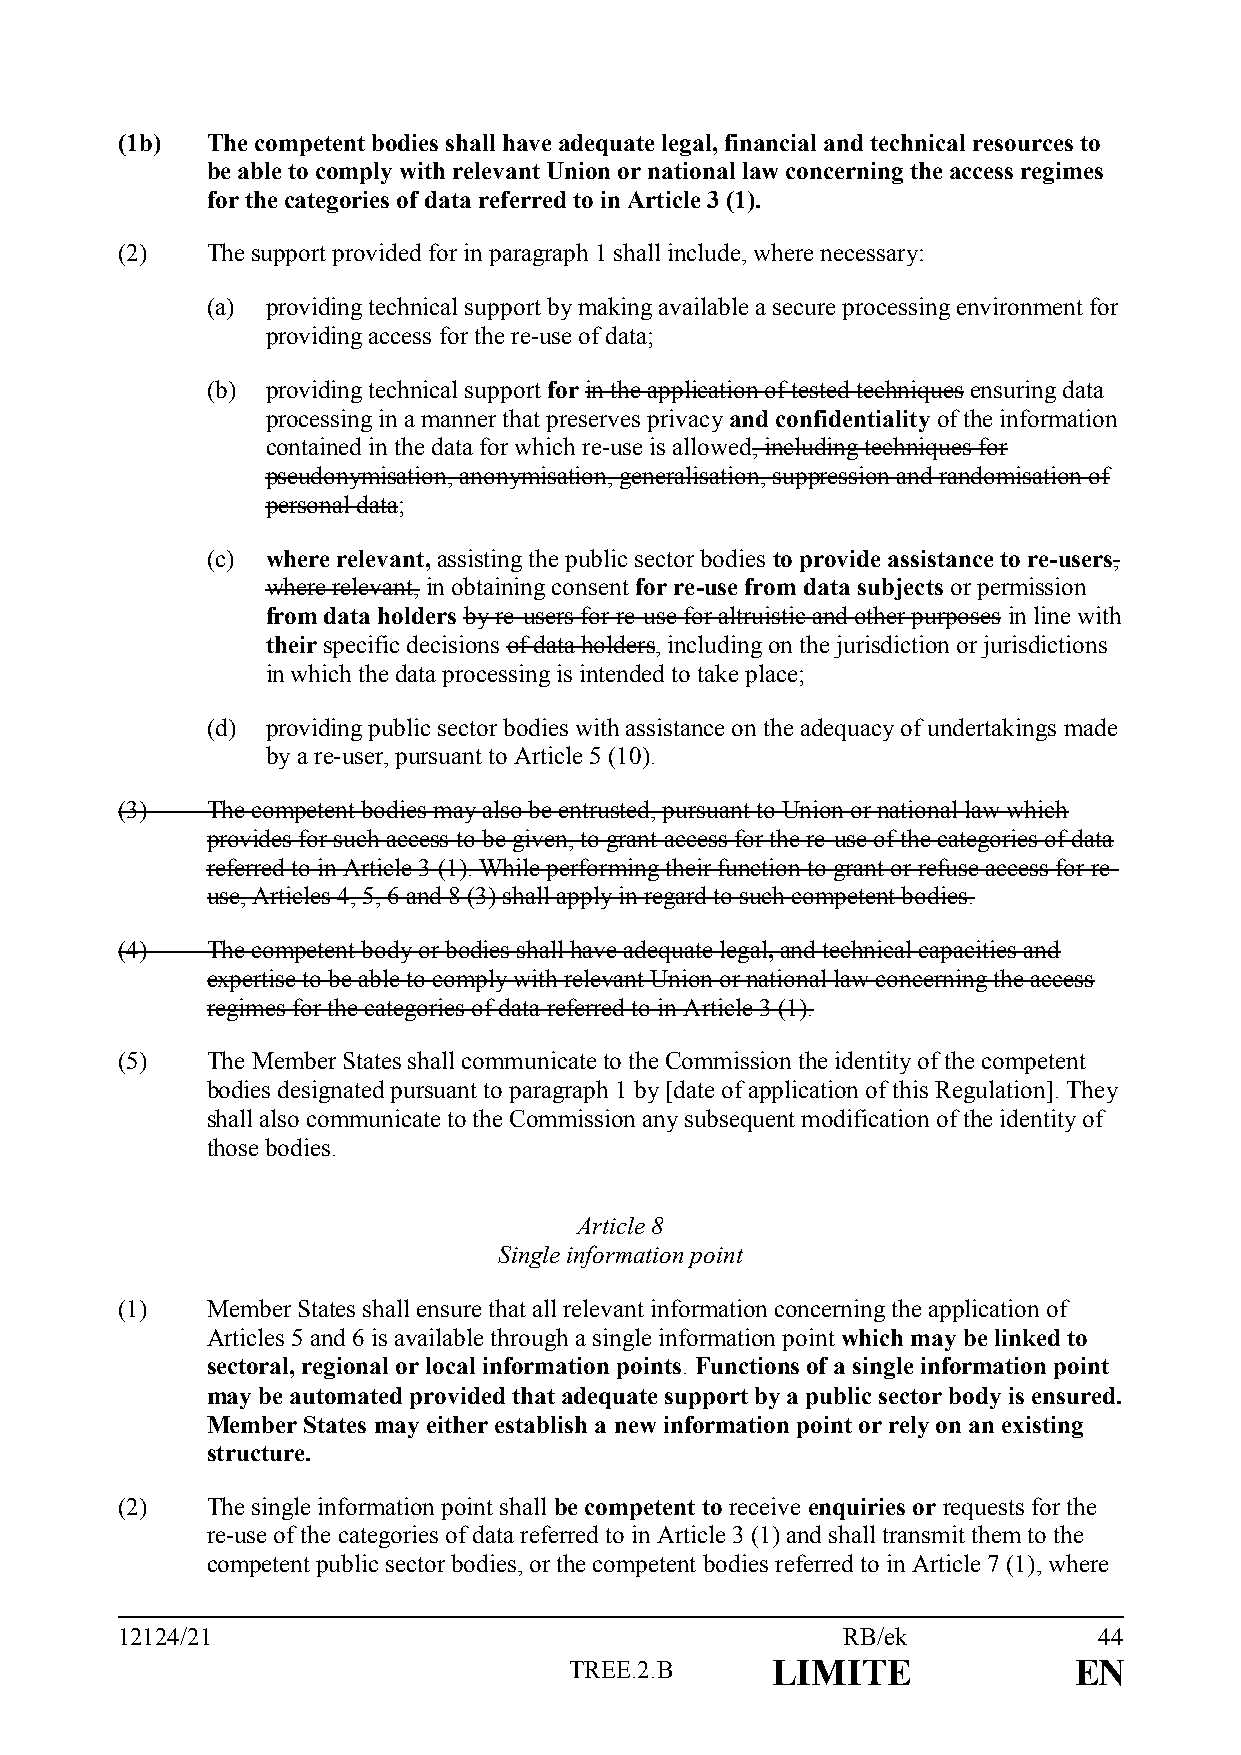
(1b)  The competent bodies shall have adequate legal, financial and technical resources to
 be able to comply with relevant Union or national law concerning the access regimes
 for the categories of data referred to in Article 3 (1).
 (2)   The support provided for in paragraph 1 shall include, where necessary:
 (a) providing technical support by making available a secure processing environment for
 providing access for the re-use of data;
 (b) providing technical support for in the application of tested techniques ensuring data
 processing in a manner that preserves privacy and confidentiality of the information
 contained in the data for which re-use is allowed, including techniques for
 pseudonymisation, anonymisation, generalisation, suppression and randomisation of
 personal data;
 (c) where relevant, assisting the public sector bodies to provide assistance to re-users,
 where relevant, in obtaining consent for re-use from data subjects or permission
 from data holders by re-users for re-use for altruistic and other purposes in line with
 their specific decisions of data holders, including on the jurisdiction or jurisdictions
 in which the data processing is intended to take place;
 (d) providing public sector bodies with assistance on the adequacy of undertakings made
 by a re-user, pursuant to Article 5 (10).
 (3)   The competent bodies may also be entrusted, pursuant to Union or national law which
 provides for such access to be given, to grant access for the re-use of the categories of data
 referred to in Article 3 (1). While performing their function to grant or refuse access for re-
 use, Articles 4, 5, 6 and 8 (3) shall apply in regard to such competent bodies.
 (4)   The competent body or bodies shall have adequate legal, and technical capacities and
 expertise to be able to comply with relevant Union or national law concerning the access
 regimes for the categories of data referred to in Article 3 (1).
 (5)   The Member States shall communicate to the Commission the identity of the competent
 bodies designated pursuant to paragraph 1 by [date of application of this Regulation]. They
 shall also communicate to the Commission any subsequent modification of the identity of
 those bodies.
 Article 8
 Single information point
 (1)   Member States shall ensure that all relevant information concerning the application of
 Articles 5 and 6 is available through a single information point which may be linked to
 sectoral, regional or local information points. Functions of a single information point
 may be automated provided that adequate support by a public sector body is ensured.
 Member States may either establish a new information point or rely on an existing
 structure.
 (2)   The single information point shall be competent to receive enquiries or requests for the
 re-use of the categories of data referred to in Article 3 (1) and shall transmit them to the
 competent public sector bodies, or the competent bodies referred to in Article 7 (1), where
 12124/21                                        RB/ek            44
 TREE.2.B     LIMITE              EN